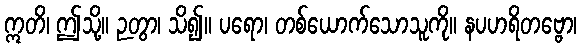
ဣတိ၊ ဤသို့။ ဉတွာ၊ သိ၍။ ပရော၊ တစ်ယောက်သောသူကို။ နပဟရိတဗ္ဗော၊